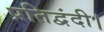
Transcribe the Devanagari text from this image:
प्रतिद्वंदी।